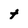
Character: t